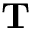
\mathbf { T }